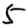
Digit: 5